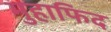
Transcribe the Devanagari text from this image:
मुहाफिद